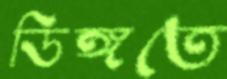
ডিঙ্গতে